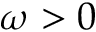
\omega > 0